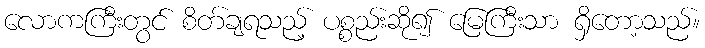
လောကကြီးတွင် စိတ်ချရသည့် ပစ္စည်းဆို၍ မြေကြီးသာ ရှိတော့သည်။